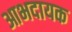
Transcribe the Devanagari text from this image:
आभदायक